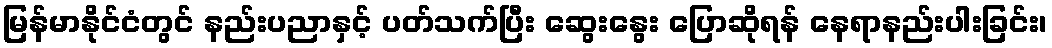
မြန်မာနိုင်ငံတွင် နည်းပညာနှင့် ပတ်သက်ပြီး ဆွေးနွေး ပြောဆိုရန် နေရာနည်းပါးခြင်း၊